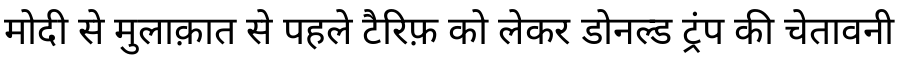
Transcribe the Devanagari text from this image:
मोदी से मुलाक़ात से पहले टैरिफ़ को लेकर डोनल्ड ट्रंप की चेतावनी